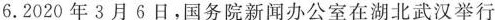
6.2020年3月6日，国务院新闻办公室在湖北武汉举行